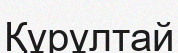
Құрұлтай